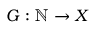
G : \mathbb { N } \rightarrow X